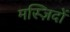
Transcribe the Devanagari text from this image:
मस्ज़िदों